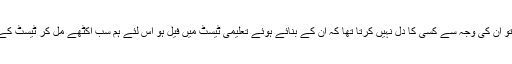
جب وہ سیکرٹری تعلیم تھیں تو ان کی وجہ سے کسی کا دل نہیں کرتا تھا کہ ان کے بنائے ہوئے تعلیمی ٹیسٹ میں فیل ہو اس لئے ہم سب اکٹھے مل کر ٹیسٹ کے لئے تیاری کیا کرتے تھے۔